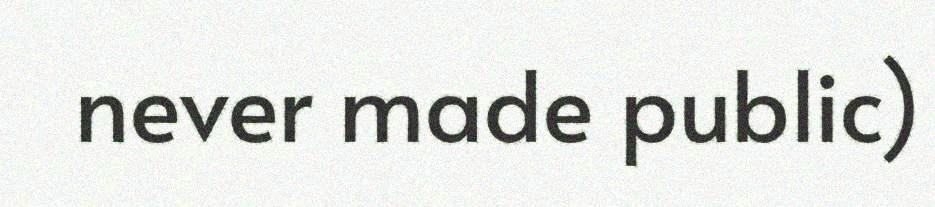
never made public)